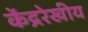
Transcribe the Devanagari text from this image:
केंद्ररेखीय